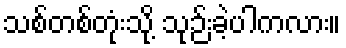
သစ်တစ်တုံးသို့ သုဉ်းခဲ့ပါကလား။